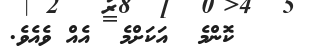
ކޮންމެ  އަކަށްމެ  އެއް ވެއެވެ.